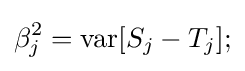
\beta _{j}^{2}=\operatorname {var} [S_{j}-T_{j}];